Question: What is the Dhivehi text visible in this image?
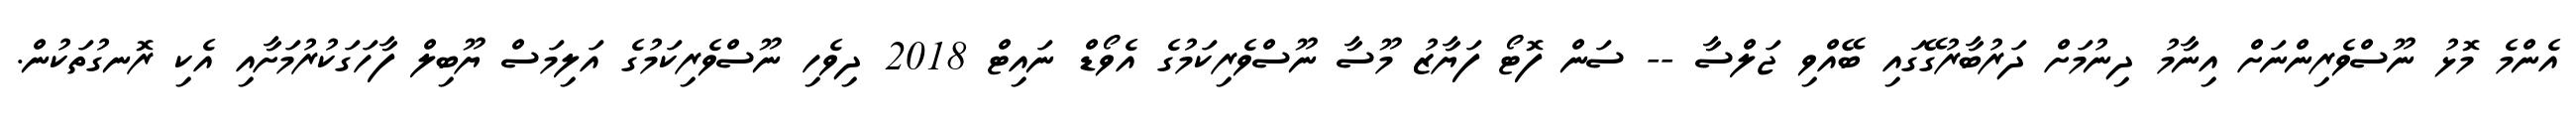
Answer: އެންމެ މޮޅު ނޫސްވެރިންނަށް އިނާމު ދިނުމަށް ދަރުބާރުގޭގައި ބޭއްވި ޖަލްސާ -- ސަން ފޮޓޯ ފަޔާޒު މޫސާ ނޫސްވެރިކަމުގެ އެވޯޑް ނައިޓް 2018 ދިވެހި ނޫސްވެރިކަމުގެ އަލިމަސް ޔޫބިލް ފާހަގަކުރުމަށާއި އެކި ރޮނގުތަކުން.